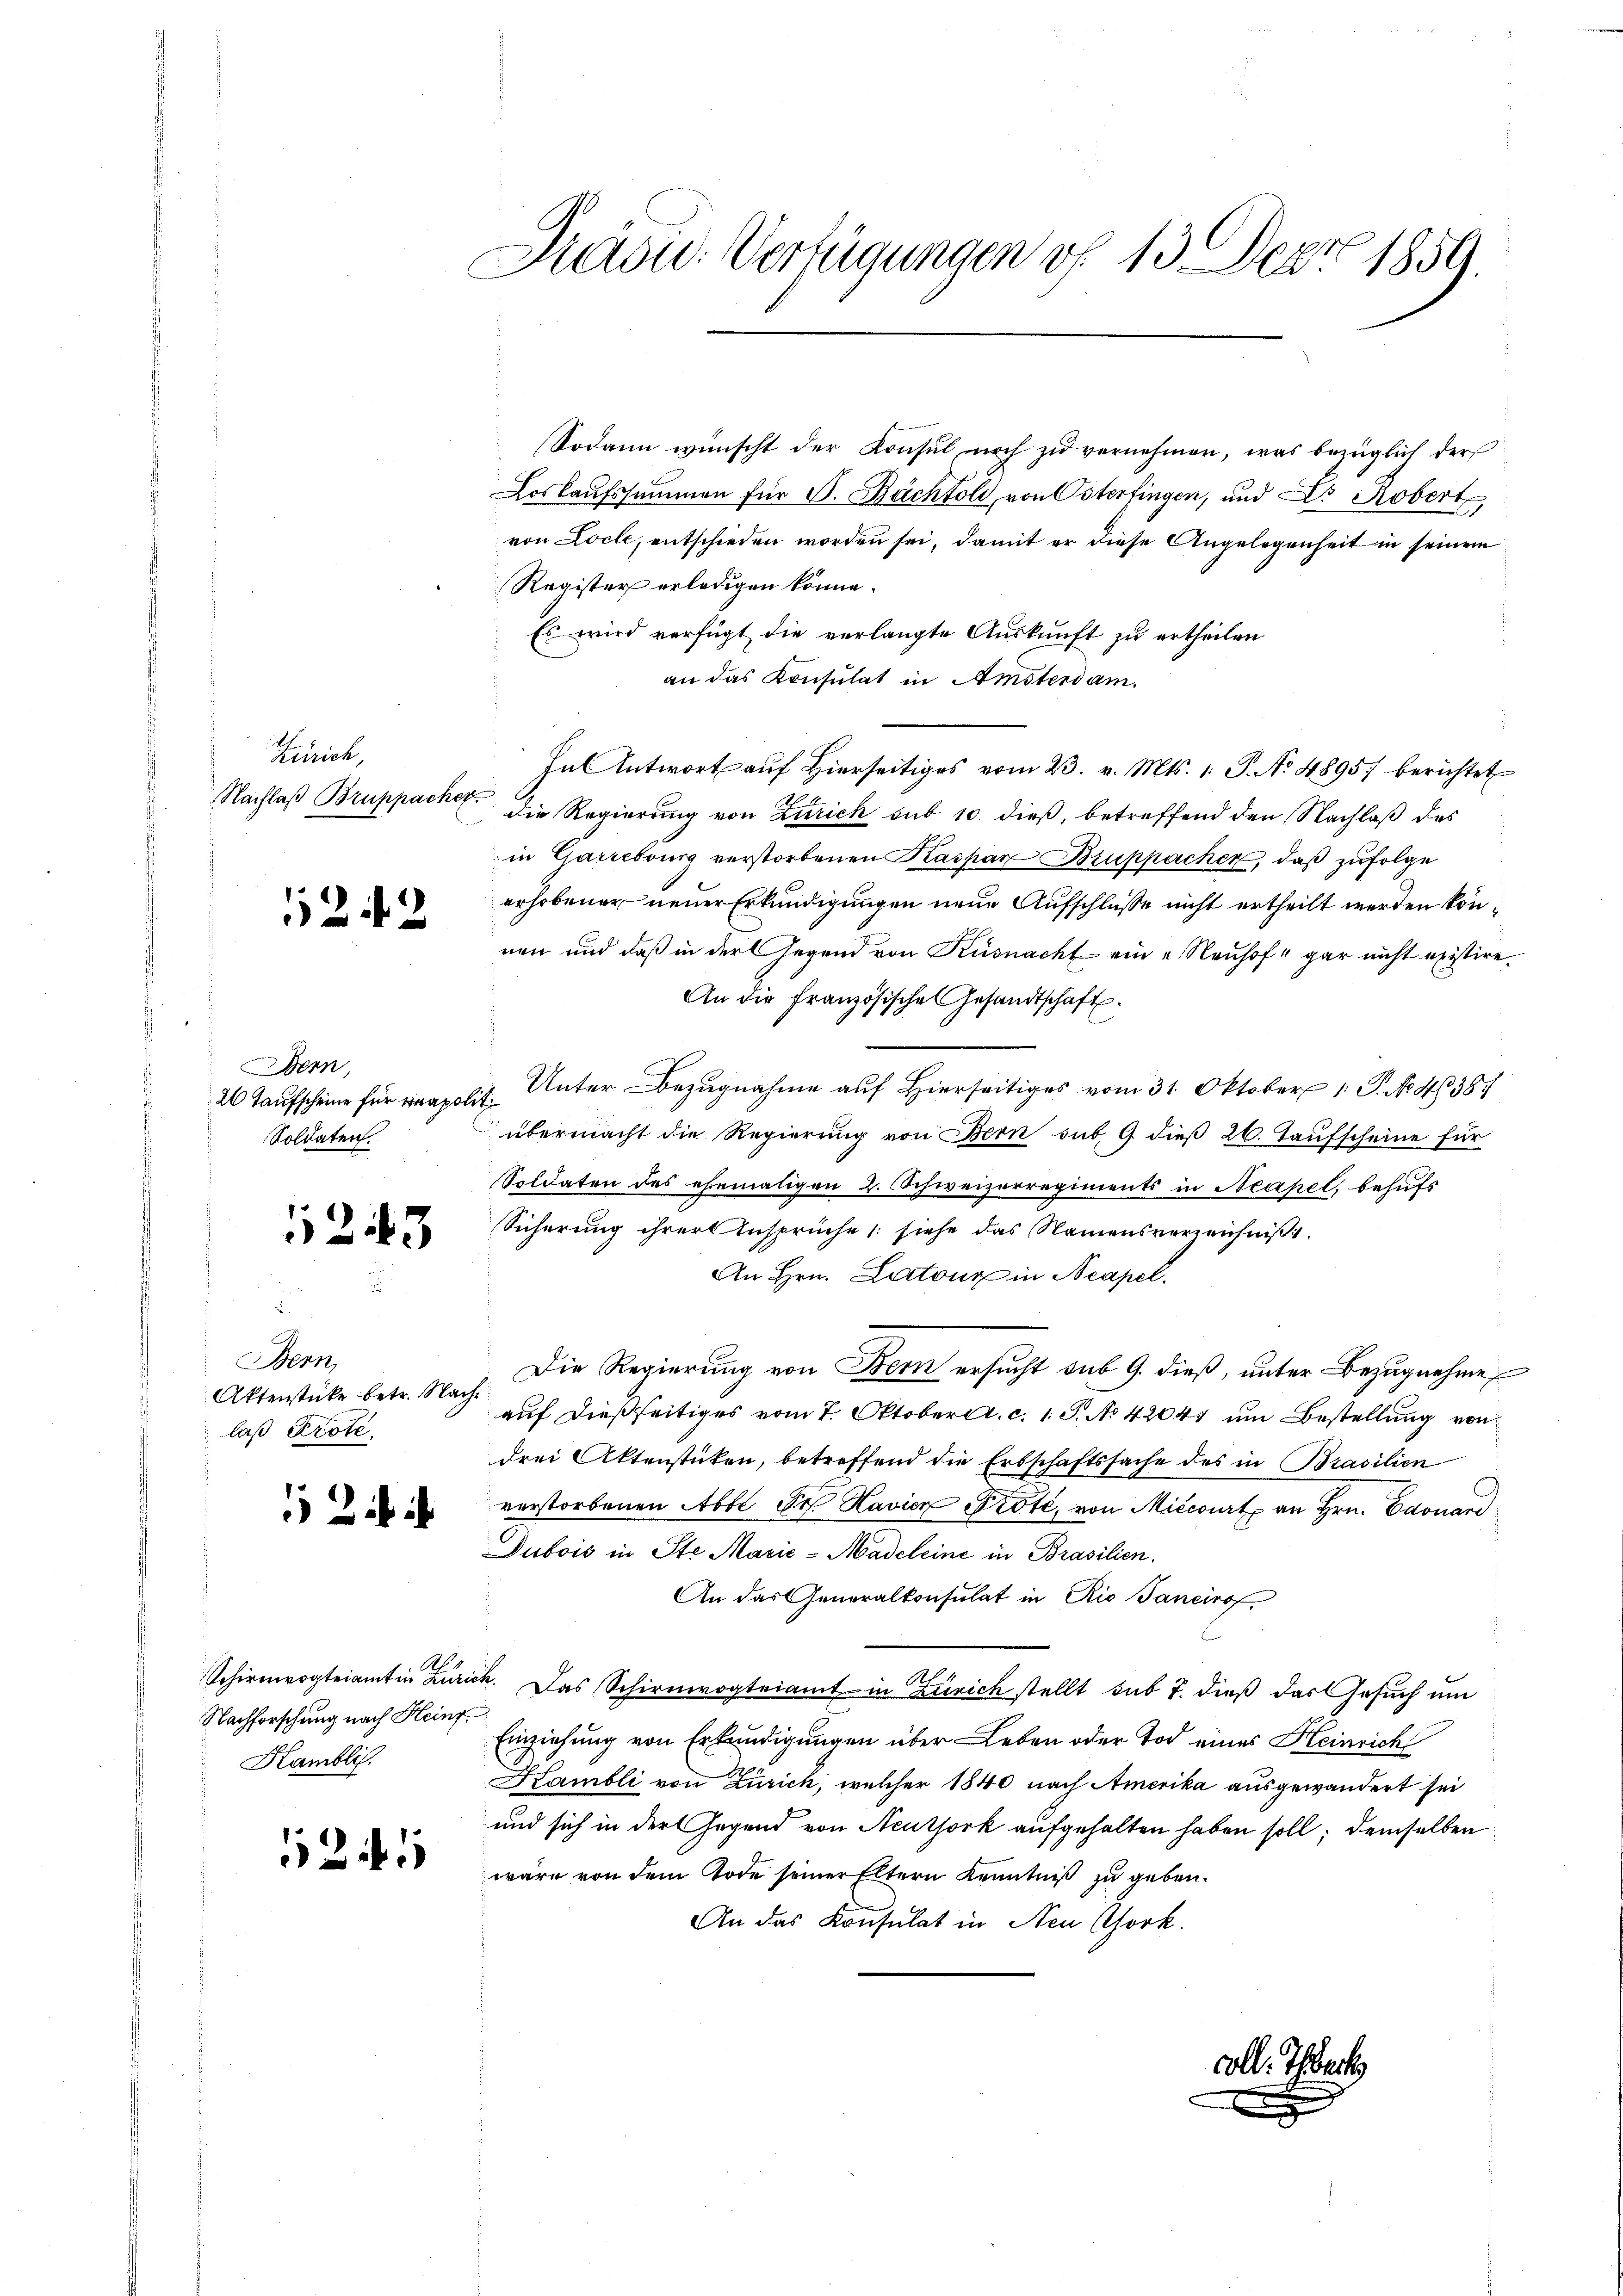
Zürich,
Nachlaß Bruppacher
.

1242

Bern,
26 Taufscheine für rapoli¬
Soldaten.

1243

Bern,
Aktenstücke betr. Nachlaß Prote,

2

Nachforschung nach Heinr
Kambli.

521

Präsu. Verfügungen v. 13. Dez. 1859.

Sodann wünscht der Konsul noch zu vernehmen, was bezüglich der
Loskaufssummen für S. Pächtold, von Osterfingen, und Dr Robert,
von Locle, entschieden worden sei, damit er diese Angelegenheit in seinem
Register erledigen könne.
Es wird verfügt die verlangte Auskunft zu ertheilen
an das Konsulat in Amsterdam.
In Antwort auf hierseitiges vom 23. v. Mts. 1. P. No 48957 berichtet
die Regierung von Zürich sub 10. dieß, betreffend den Nachlaß des
in Garrebourg verstorbenen Kaspar Bruppacher, daß zufolge
erhobener neuer Erkundigungen neue Aufschlüsse nicht ertheilt werden können und daß in der Gegend von Küsnacht ein „Neuhof“ gar nicht existire.
An die französische Gesandtschaft.
Unter Bezugnahme auf Hierseitiges vom 31. Oktober 1. P. No. 438.
2
übermacht die Regierung von Bern sub. 9 dieß 26. Taufscheine für
Soldaten des ehemaligen 2. Schweizerregiments in Neapel, behufs
Sicherung ihrer Ansprüche (siehe das Namensverzeichnis.
An Hrn. Lartoux in Neapel
.Die Regierung von Bern ersucht sub 9. dieß, unter Bezugnahme
auf dießseitiges vom 7. Oktobert. c. 1 S. No 42047 um Bestellung von
drei Aktenstücken, betreffend die Erbschaftssache des in Brasilien
verstorbenen Abbe Sr. Havier Prote, von Mitcourt an Hrn. Edouard
Dubois in Ste Marić-Madeleine in Brasilien.
An das Generalkonsulat in Rio Sancirof
Schirmvogteiamt in Zürich. Das Schirmvogteiamt in Zürich stellt sub 7. dieß das Gesuch um
Einziehung von Erkundigungen über Leben oder Tod eines Heinrich
Kambli von Zürich, welcher 1840 nach Amerika ausgewandert sei
und sich in der Gegend von Aeuthork aufgehalten haben soll; demselben
wäre von dem Tode seiner Eltern Kenntniß zu geben.
An das Konsulat in Neu Chork.